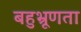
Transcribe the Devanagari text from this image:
बहुभ्रूणता